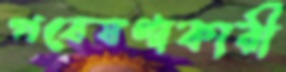
গবেষণাকারী